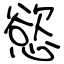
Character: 慾